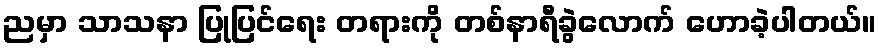
ညမှာ သာသနာ ပြုပြင်ရေး တရားကို တစ်နာရီခွဲလောက် ဟောခဲ့ပါတယ်။